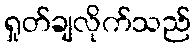
ရှုတ်ချလိုက်သည်